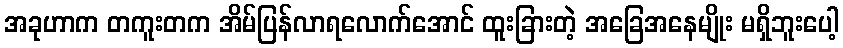
အခုဟာက တကူးတက အိမ်ပြန်လာရလောက်အောင် ထူးခြားတဲ့ အခြေအနေမျိုး မရှိဘူးပေါ့